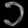
Digit: ၁